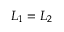
L _ { 1 } = L _ { 2 }